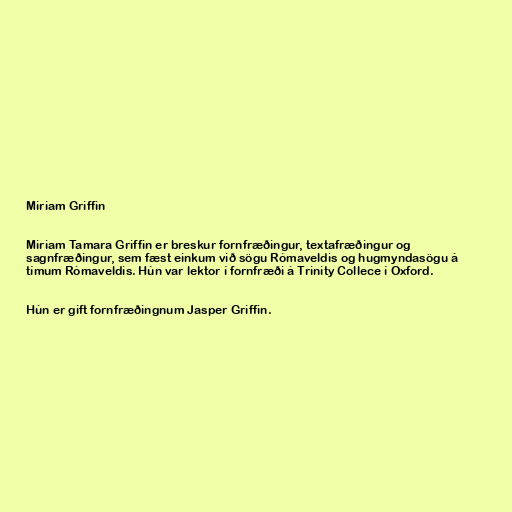
Miriam Griffin

Miriam Tamara Griffin er breskur fornfræðingur, textafræðingur og
sagnfræðingur, sem fæst einkum við sögu Rómaveldis og hugmyndasögu á
tímum Rómaveldis. Hún var lektor í fornfræði á Trinity Collece í Oxford.

Hún er gift fornfræðingnum Jasper Griffin.